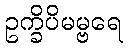
ဥက္ခိပိမမ္ဗရေ